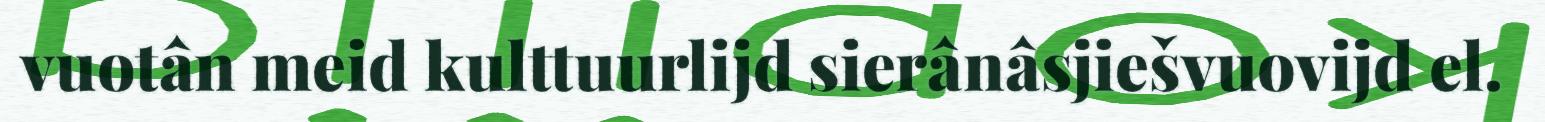
vuotân meid kulttuurlijd sierânâsjiešvuovijd el.